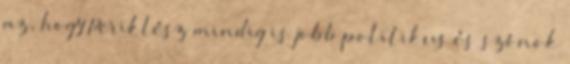
az, hogy Periklész mindig is jobb politikus és szónok